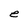
Character: e